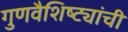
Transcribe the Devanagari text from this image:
गुणवैशिष्ट्यांची